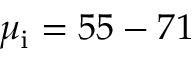
\mu _ { \mathrm { i } } = 5 5 - 7 1